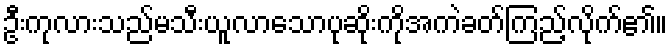
ဦးကုလားသည်မသီးယူလာသောပုဆိုးကိုအကဲခတ်ကြည့်လိုက်၏။